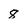
Character: 8